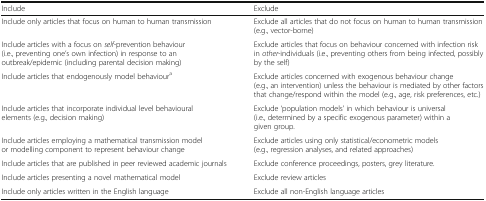
<table><thead><tr><td><b>Include</b></td><td><b>Exclude</b></td></tr></thead><tbody><tr><td>Include only articles that focus on human to human transmission</td><td>Exclude all articles that do not focus on human to human transmission (e.g., vector-borne)</td></tr><tr><td>Include articles with a focus on <i>self-</i>prevention behaviour (i.e., preventing one’s own infection) in response to an outbreak/epidemic (including parental decision making)</td><td>Exclude articles that focus on behaviour concerned with infection risk in <i>other-</i>individuals (i.e., preventing others from being infected, possibly by the self)</td></tr><tr><td>Include articles that endogenously model behaviour<sup>a</sup></td><td>Exclude articles concerned with exogenous behaviour change (e.g., an intervention) unless the behaviour is mediated by other factors that change/respond within the model (e.g., age, risk preferences, etc.)</td></tr><tr><td>Include articles that incorporate individual level behavioural elements (e.g., decision making)</td><td>Exclude ‘population models’ in which behaviour is universal (i.e., determined by a specific exogenous parameter) within a given group.</td></tr><tr><td>Include articles employing a mathematical transmission model or modelling component to represent behaviour change</td><td>Exclude articles using only statistical/econometric models (e.g., regression analyses, and related approaches)</td></tr><tr><td>Include articles that are published in peer reviewed academic journals</td><td>Exclude conference proceedings, posters, grey literature.</td></tr><tr><td>Include articles presenting a novel mathematical model</td><td>Exclude review articles</td></tr><tr><td>Include only articles written in the English language</td><td>Exclude all non-English language articles</td></tr></tbody></table>